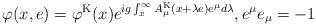
LaTeX: \begin{align*}\varphi(x,e)=\varphi^{\rm K}(x)e^{ig\int_{x}^{\infty}A_{\mu}^{\rm K}(x+\lambda e)e^{\mu}d\lambda}, e^{\mu}e_{\mu}=-1\end{align*}